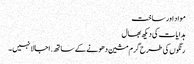
مواد اور ساخت
ہدایات کی دیکھ بھال
رنگوں کی طرح گرم مشین دھونے کے ساتھ. اجالا نہیں ۔